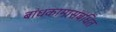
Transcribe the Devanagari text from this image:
बांधकामासंबंधित